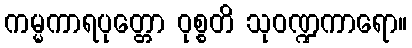
ကမ္မကာရပုတ္တော ဝုစ္စတိ သုဝဏ္ဍကာရော။